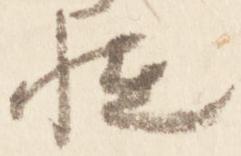
恠